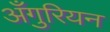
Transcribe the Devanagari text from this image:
अँगुरियन